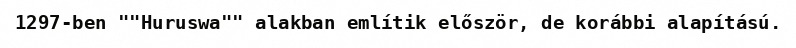
1297-ben ""Huruswa"" alakban említik először, de korábbi alapítású.